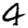
Digit: 4